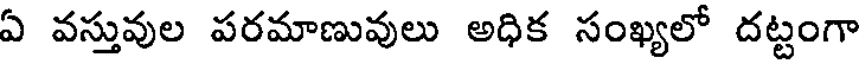
ఏ వస్తువుల పరమాణువులు అధిక సంఖ్యలో దట్టంగా